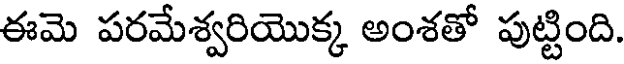
ఈమె పరమేశ్వరియొక్క అంశతో పుట్టింది.